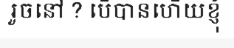
រួចនៅ ? បើបានហើយខ្ញុំ